Report of the Indian Hemp Drugs Commission, 1894-1895 - Volume IV
Year: 1894
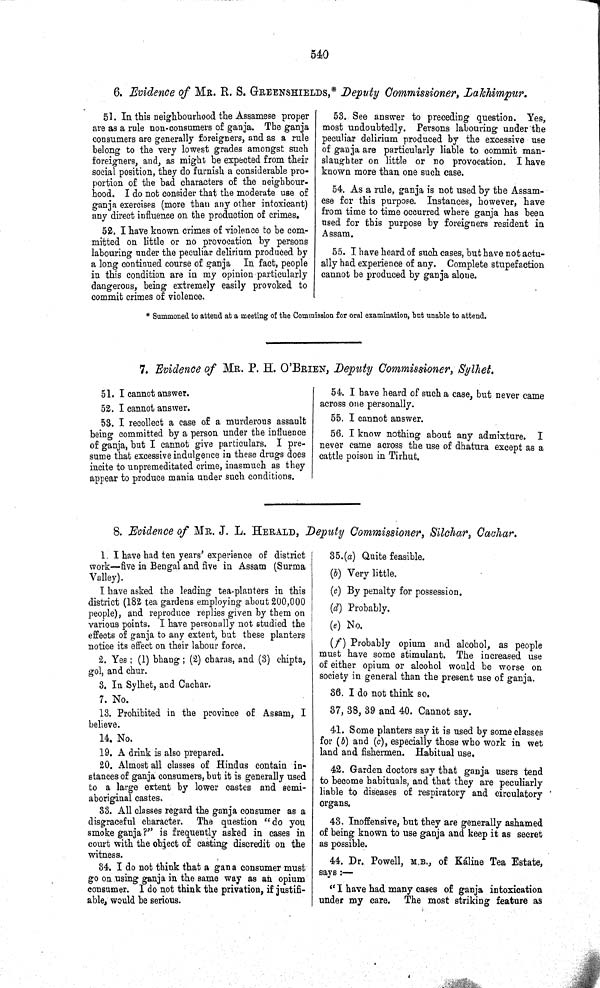
540
6. Evidence of MR. R. S. GREENSHIELDS,* Deputy Commissioner, Lakhimpur.
51. In this neighbourhood the Assamese proper
are as a rule non-consumers of ganja. The ganja
consumers are generally foreigners, and as a rule
belong to the very lowest grades amongst such
foreigners, and, as might be expected from their
social position, they do furnish a considerable pro-
portion of the bad characters of the neighbour-
hood. I do not consider that the moderate use of
ganja exercises (more than any other intoxicant)
any direct influence on the production of crimes.
52. I have known crimes of violence to be com-
mitted on little or no provocation by persons
labouring under the peculiar delirium produced by
a long continued course of ganja In fact, people
in this condition are in my opinion particularly
dangerous, being extremely easily provoked to
commit crimes of violence.
53. See answer to preceding question. Yes,
most undoubtedly. Persons labouring under the
peculiar delirium produced by the excessive use
of ganja are particularly liable to commit man-
slaughter on little or no provocation. I have
known more than one such case.
54. As a rule, ganja is not used by the Assam-
ese for this purpose. Instances, however, have
from time to time occurred where ganja has been
used for this purpose by foreigners resident in
Assam.
55. I have heard of such cases, but have not actu-
ally had experience of any. Complete stupefaction
cannot be produced by ganja alone.
* Summoned to attend at a meeting of the Commission for oral examination, but unable to attend.
7. Evidence of MR. P. H. O'BRIEN, Deputy Commissioner, Sylhet.
51. I cannot answer.
52. I cannot answer.
53. I recollect a case of a murderous assault
being committed by a person under the influence
of ganja, but I cannot give particulars. I pre-
sume that excessive indulgence in these drugs does
incite to unpremeditated crime, inasmuch as they
appear to produce mania under such conditions.
54. I have heard of such a case, but never came
across one personally.
55. I cannot answer.
56. I know nothing about any admixture.
I
never came across the use of dhatura except as a
cattle poison in Tirhut.
8. Evidence of MR. J. L. HERALD, Deputy Commissioner, Silchar, Cachar.
1. I have had ten years' experience of district
work—five in Bengal and five in Assam (Surma
Valley).
I have asked the leading tea-planters in this
district (182 tea gardens employing about 200,000
people), and reproduce replies given by them on
various points. I have personally not studied the
effects of ganja to any extent, but these planters
notice its effect on their labour force.
2. Yes; (1) bhang; (2) charas, and (3) chipta,
gol, and chur.
3. In Sylhet, and Cachar.
7. No.
13. Prohibited in the province of Assam, I
believe.
14. No.
19. A drink is also prepared.
20. Almost all classes of Hindus contain in-
stances of ganja consumers, but it is generally used
to a large extent by lower castes and semi-
aboriginal castes.
33. All classes regard the ganja consumer as a
disgraceful character. The question "do you
smoke ganja?" is frequently asked in cases in
court with the object of casting discredit on the
witness.
34. I do not think that a gana consumer must
go on using ganja in the same way as an opium
consumer. I do not think the privation, if justifi-
able, would be serious.
35.(a) Quite feasible.
(b) Very little.
(c) By penalty for possession.
(d) Probably.
(e) No.
(f) Probably opium and alcohol, as people
must have some stimulant. The increased use
of either opium or alcohol would be worse on
society in general than the present use of ganja.
36. I do not think so.
37, 38, 39 and 40. Cannot say.
41. Some planters say it is used by some classes
for (b) and (c), especially those who work in wet
land and fishermen. Habitual use.
42. Garden doctors say that ganja users tend
to become habituals, and that they are peculiarly
liable to diseases of respiratory and circulatory
organs.
43. Inoffensive, but they are generally ashamed
of being known to use ganja and keep it as secret
as possible.
44. Dr. Powell, M.B., of Káline Tea Estate,
says:—
"I have had many cases of ganja intoxication
under my care. The most striking feature as